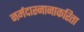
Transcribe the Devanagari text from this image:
नर्मदास्नानाकरिता